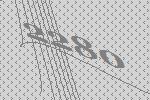
2280